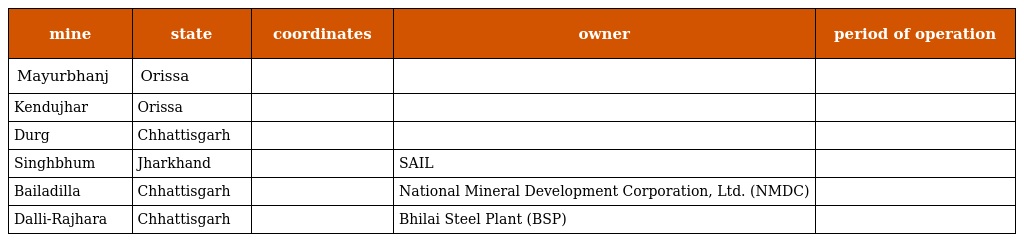
| mine | state | coordinates | owner | period of operation |
 | --- | --- | --- | --- | --- |
 | Mayurbhanj | Orissa |  |  |  |
 | Kendujhar | Orissa |  |  |  |
 | Durg | Chhattisgarh |  |  |  |
 | Singhbhum | Jharkhand |  | SAIL |  |
 | Bailadilla | Chhattisgarh |  | National Mineral Development Corporation, Ltd. (NMDC) |  |
 | Dalli-Rajhara | Chhattisgarh |  | Bhilai Steel Plant (BSP) |  |